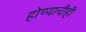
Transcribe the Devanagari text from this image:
होण्याचीही